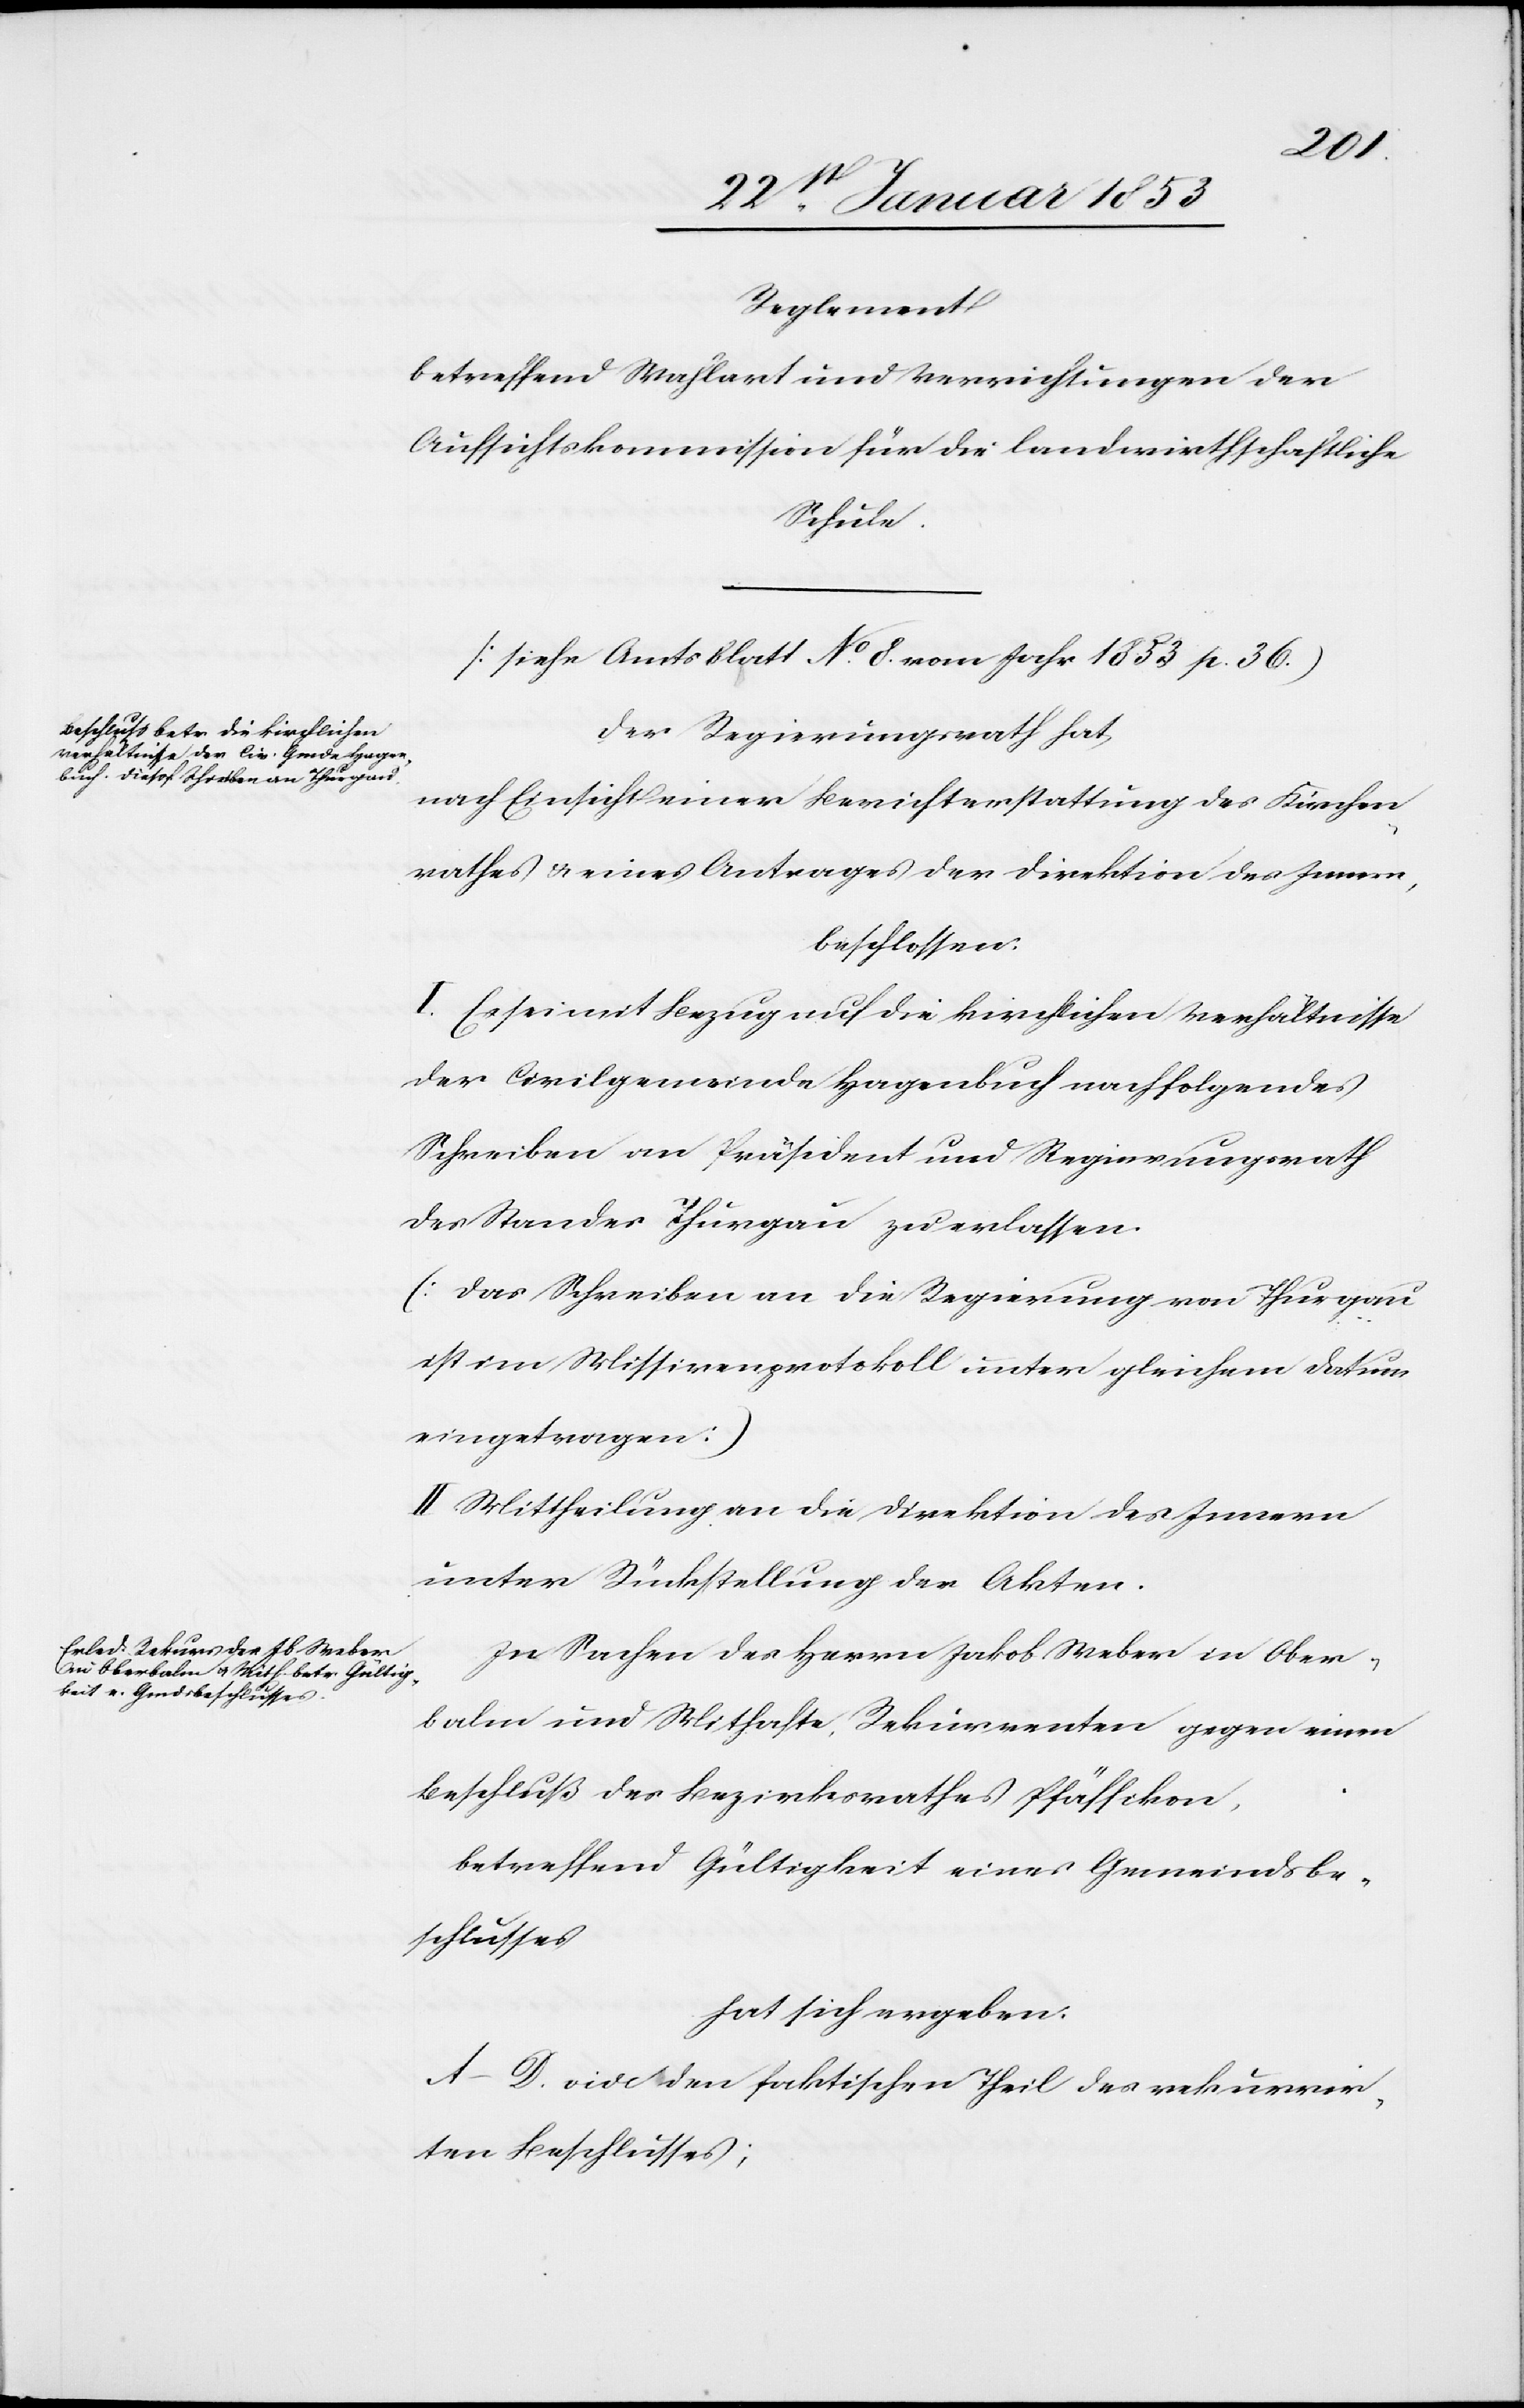
Reglement
betreffend Wahlart und Verrichtungen der
Aufsichtskommission für die landwirthschaftliche
Schule.
[siehe Amtsblatt No. 8. vom Jahr 1853 p. 36]
Der Regierungsrath hat,
nach Einsicht einer Berichterstattung des Kirchen¬
rathes u. eines Antrages der Direktion des Innern,
beschlossen:
I. Es sei mit Bezug auf die kirchlichen Verhältnisse
der Civilgemeinde Hagenbuch nachfolgendes
Schreiben an Präsident und Regierungsrath
des Standes Thurgau zu erlassen.
[das Schreiben an die Regierung von Thurgau
ist im Missivenprotokoll unter gleichem Datum
eingetragen]
II. Mittheilung an die Direktion des Innern
unter Rückstellung der Akten.
In Sachen des Herrn Jakob Weber in Ober¬
balm und Mithafte, Rekurrenten gegen einen
Beschluß des Bezirksrathes Pfäffikon.
betreffend Gültigkeit eines Gemeindsbe¬
schlusses
hat sich ergeben.
A–D. vide den faktischen Theil des rekurrir¬
ten Beschlusses;